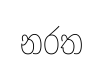
නරත